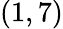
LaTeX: (1,7)